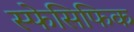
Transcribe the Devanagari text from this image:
स्फेसिफिक